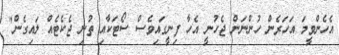
އެހެންވީމަ އަހަރެން ހުންނަން ޖެހުނީ އެހާ ފިނީގައިވެސް ސޯޓަކާއި ތުނި ޖެކެޓެއް ލައިގެން"